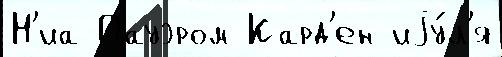
Н'иа Пауэром Кард'ен иjу́л'я